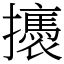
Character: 𢸣